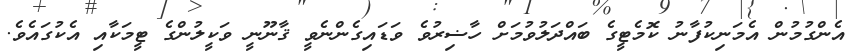
އެންގުމުން އެމަނިކުފާނު ކޮމެޓީގެ ބައްދަލުވުމަށް ހާޟިރުވެ ވަޑައިގެންނެވީ ޤާނޫނީ ވަކީލުންގެ ޓީމަކާއި އެކުގައެވެ.